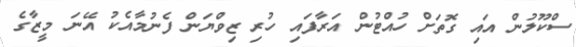
ސްކޫލުން އައި ގޮތަށް ހުއްޓުން އަރާފައި ހުރި ޒިވްޔަން ފެނުމާއެކު އޭނަ މީޒާގެ